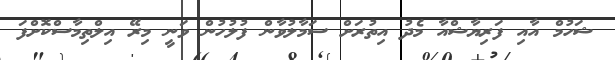
ޝަހުމް އާއި ފަރިޔާޝްއާ މެދު އިތުރަށް ސަމާލުވާން ފުލުހުން ވަނީ މިރޭ އިލްތިމާސްކޮށްފަ